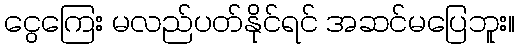
ငွေကြေး မလည်ပတ်နိုင်ရင် အဆင်မပြေဘူး။